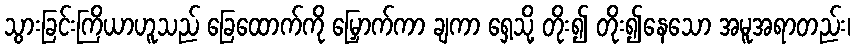
သွားခြင်းကြိယာဟူသည် ခြေထောက်ကို မြှောက်ကာ ချကာ ရှေ့သို့ တိုး၍ တိုး၍နေသော အမူအရာတည်း၊